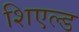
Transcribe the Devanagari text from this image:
शिएल्ड